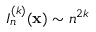
I _ { n } ^ { ( k ) } ( { \bf x } ) \sim n ^ { 2 k }